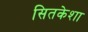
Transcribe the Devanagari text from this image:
सितकेशा